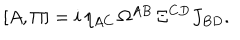
[ A , \Pi ] = i \, \eta _ { A C } \, \Omega ^ { A B } \, \Xi ^ { C D } J _ { B D } .